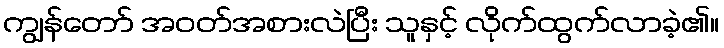
ကျွန်တော် အဝတ်အစားလဲပြီး သူနှင့် လိုက်ထွက်လာခဲ့၏။